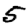
Digit: 5